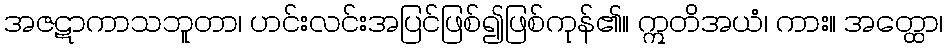
အဇဋာကာသဘူတာ၊ ဟင်းလင်းအပြင်ဖြစ်၍ဖြစ်ကုန်၏။ ဣတိအယံ၊ ကား။ အတ္ထော၊